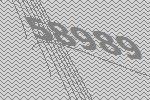
58989